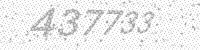
Solution: 437733